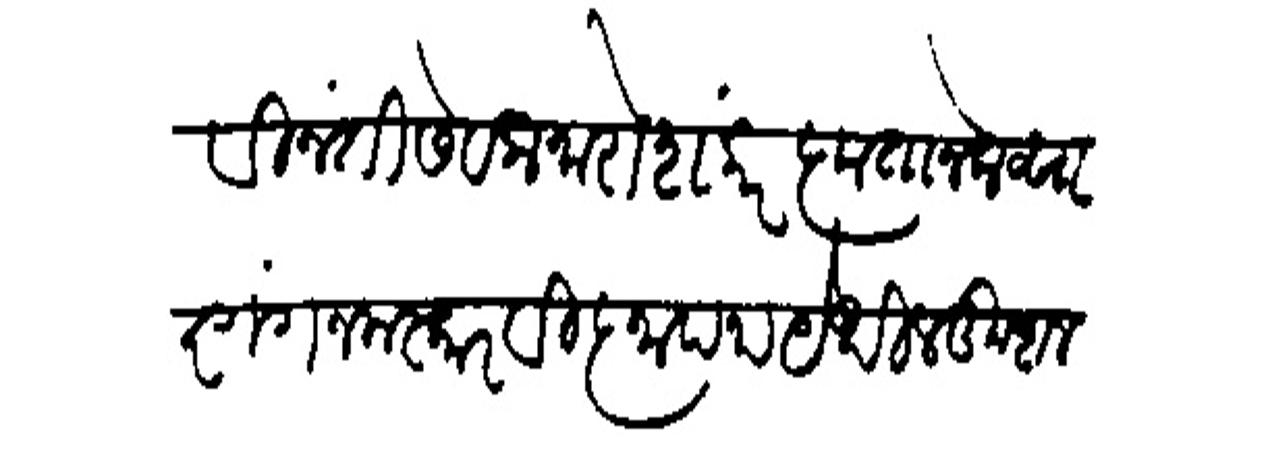
Transliteration (Devanagari): विनंती सेवक नारो शंकर कृतानेक साष्टांग नमस्कार विज्ञापना येथील कुशल